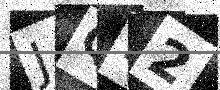
Text: JQ12